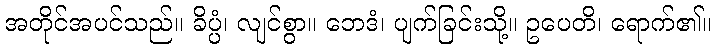
အတိုင်အပင်သည်။ ခိပ္ပံ၊ လျင်စွာ။ ဘေဒံ၊ ပျက်ခြင်းသို့။ ဥပေတိ၊ ရောက်၏။